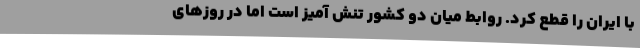
با ایران را قطع کرد. روابط میان دو کشور تنش آمیز است اما در روزهای